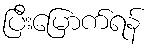
ပြီးမြောက်ရန်